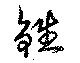
鉎